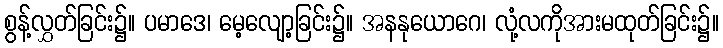
စွန့်လွှတ်ခြင်း၌။ ပမာဒေ၊ မေ့လျော့ခြင်း၌။ အနနုယောဂေ၊ လုံ့လကိုအားမထုတ်ခြင်း၌။